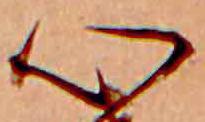
心